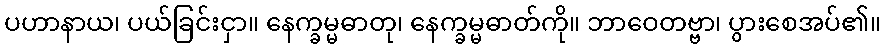
ပဟာနာယ၊ ပယ်ခြင်းငှာ။ နေက္ခမ္မဓာတု၊ နေက္ခမ္မဓာတ်ကို။ ဘာဝေတဗ္ဗာ၊ ပွားစေအပ်၏။